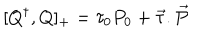
[ Q ^ { \dagger } , Q ] _ { + } = { \tau } _ { 0 } P _ { 0 } + \overrightarrow { \tau } . \overrightarrow { P }